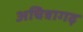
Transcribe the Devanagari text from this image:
अचित्रागढ़